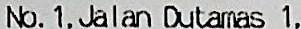
NO. 1, JALAN DUTAMAS 1,